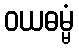
ဝယဓမ္မံ